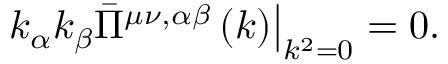
\left. k _ { \alpha } k _ { \beta } \bar { \Pi } ^ { \mu \nu , \alpha \beta } \left( k \right) \right| _ { k ^ { 2 } = 0 } = 0 .